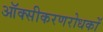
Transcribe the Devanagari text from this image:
ऑक्सीकरणरोधकों